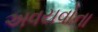
અવયવોના